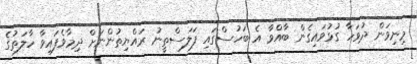
މިނިވަން ދުވަހާ ގުޅުވައިގެން ބާއްވާ އެ ބަހުސްގައި ފަލަސްތީނު ރައްޔިތުންނަށް ދިމާވެފައިވާ ހާލަތުގެ